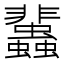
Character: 𧕿